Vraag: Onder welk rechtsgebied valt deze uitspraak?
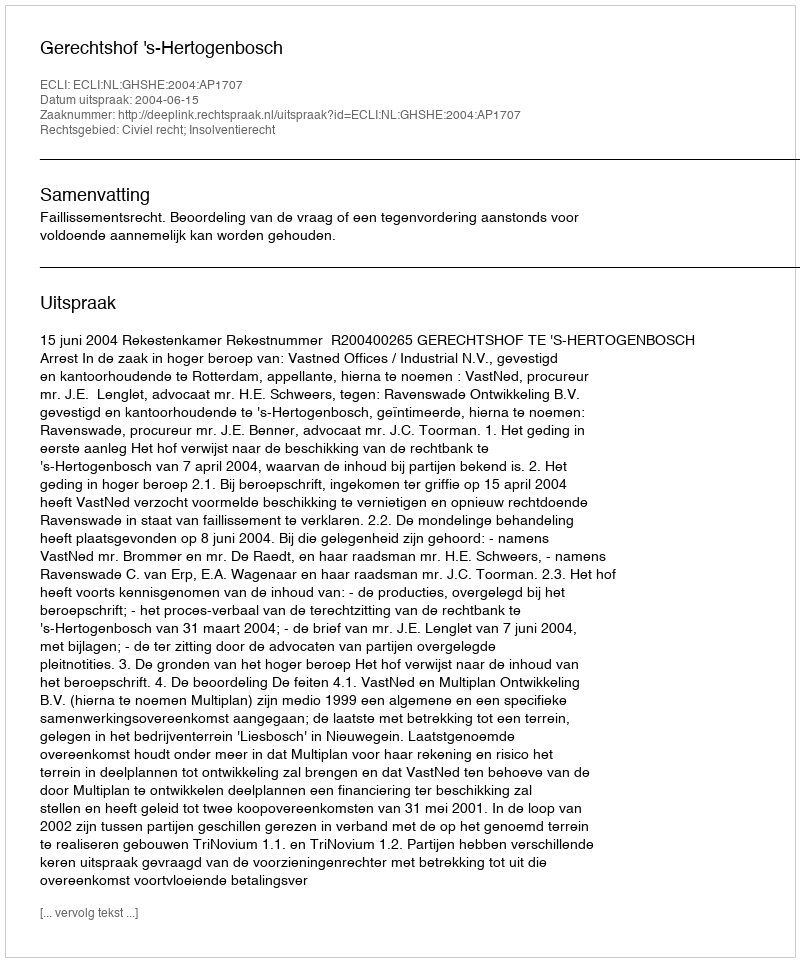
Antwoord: Civiel recht; Insolventierecht